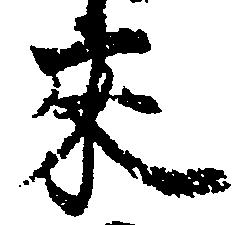
来